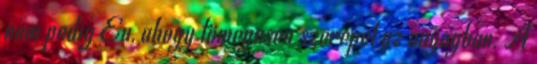
nem pedig Eu, ahogy tömegesen szerepel az anyagban. A